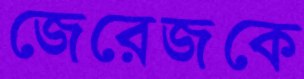
জেরেজকে